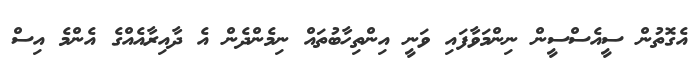
އެގޮތުން ސީއެސްސީން ނިންމަވާފައި ވަނީ އިންތިހާބުތައް ނިމެންދެން އެ ދާއިރާއެއްގެ އެންމެ އިސް